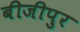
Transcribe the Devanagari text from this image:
बीजीपुर